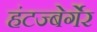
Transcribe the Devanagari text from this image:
हंटज्बेर्गेर